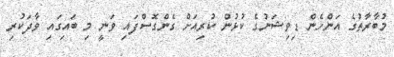
މުބާރާތުގެ އަންހެން ޑިވިޝަނުގެ ކުޅުން ކުރިއަށް ގެންގޮސްފައި ވަނީ މި ބައިގައި ވާދަކުރި